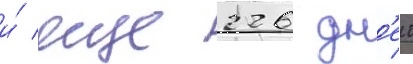
и́ еще 226 дн'еи